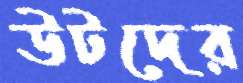
উটদের